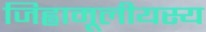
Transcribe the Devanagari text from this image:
जिह्वामूलीयस्य